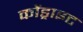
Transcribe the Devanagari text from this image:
कोंड्राइट